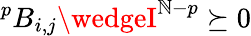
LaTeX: ^{p}B_{i,j}\wedgeI^{\mathbb{N}-p}\succeq0